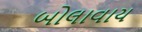
બોલાવાય